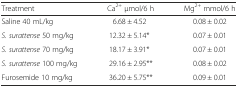
| Treatment | Ca2+ μmol/6 h | Mg2+ mmol/6 h |
 | --- | --- | --- |
 | Saline 40 mL/kg | 6.68 ± 4.52 | 0.08 ± 0.02 |
 | S. surattense 50 mg/kg | 12.32 ± 5.14* | 0.07 ± 0.01 |
 | S. surattense 70 mg/kg | 18.17 ± 3.91* | 0.07 ± 0.01 |
 | S. surattense 100 mg/kg | 29.16 ± 2.95** | 0.08 ± 0.02 |
 | Furosemide 10 mg/kg | 36.20 ± 5.75** | 0.09 ± 0.01 |